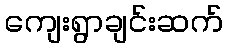
ကျေးရွာချင်းဆက်